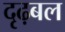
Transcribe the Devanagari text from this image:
दृढ़बल